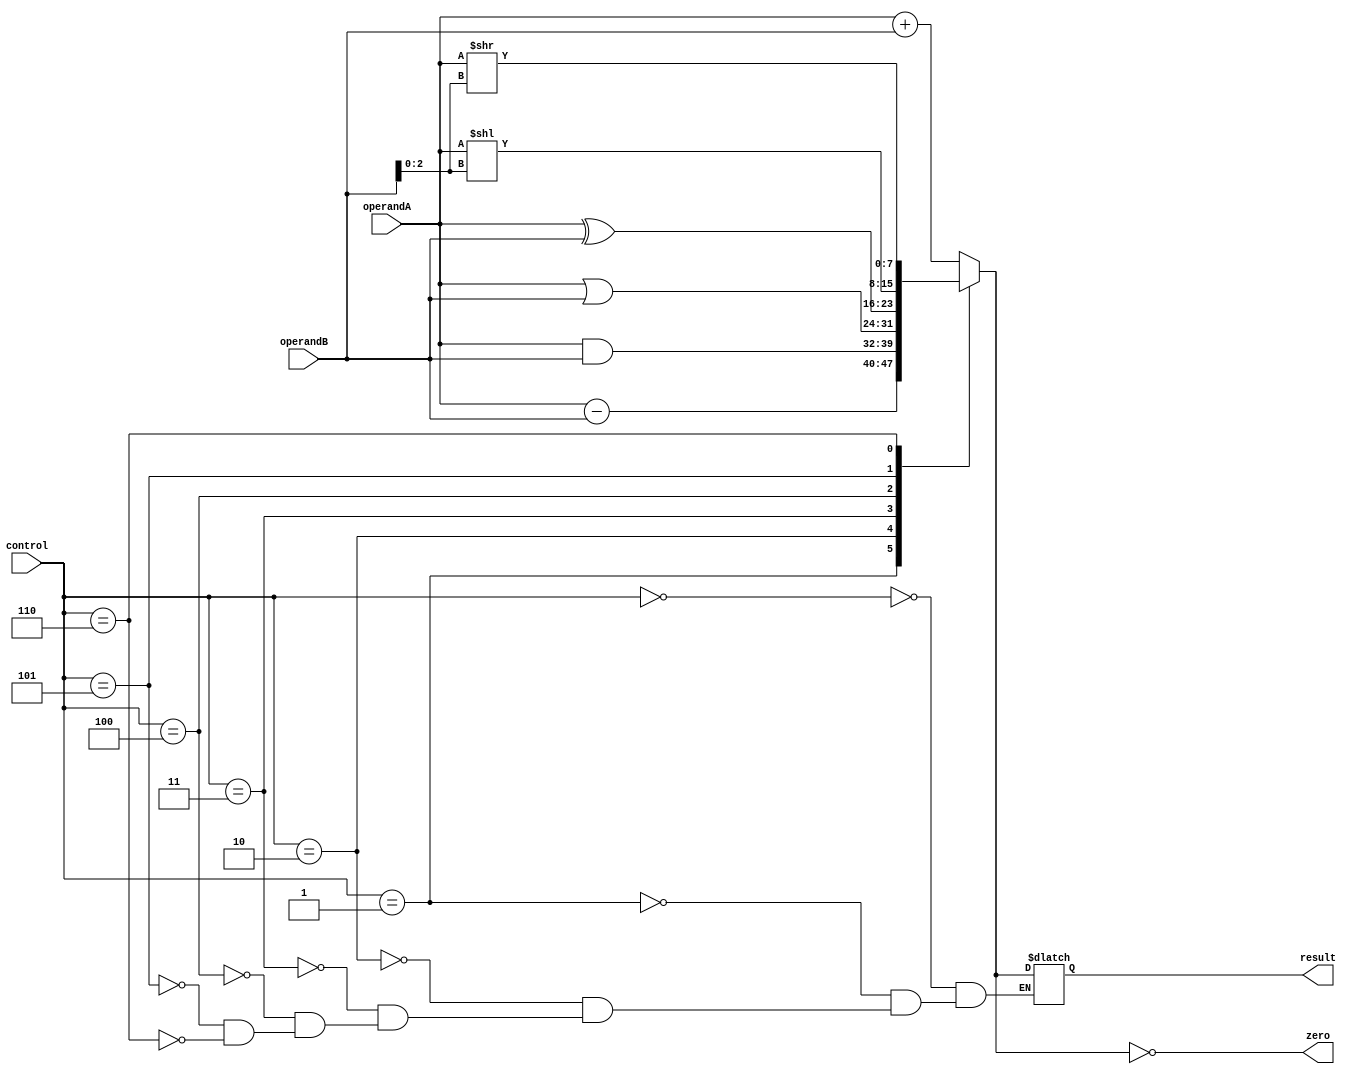
module ALU(
    input [7:0] operandA,
    input [7:0] operandB,
    input [2:0] control,
    output reg [7:0] result,
    output reg zero
);

always @(*) begin
    case(control)
        3'b000: result = operandA + operandB; // addition
        3'b001: result = operandA - operandB; // subtraction
        3'b010: result = operandA & operandB; // bitwise AND
        3'b011: result = operandA | operandB; // bitwise OR
        3'b100: result = operandA ^ operandB; // bitwise XOR
        3'b101: result = operandA << operandB[2:0]; // bitwise left shift
        3'b110: result = operandA >> operandB[2:0]; // bitwise right shift
    endcase
    
    zero = (result == 8'b0);
end

endmodule